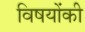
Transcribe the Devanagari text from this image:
विषयोंकी